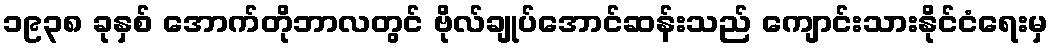
၁၉၃၈ ခုနှစ် အောက်တိုဘာလတွင် ဗိုလ်ချုပ်အောင်ဆန်းသည် ကျောင်းသားနိုင်ငံရေးမှ